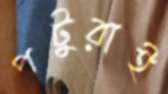
পটুরাই